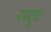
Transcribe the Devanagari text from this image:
सदूक